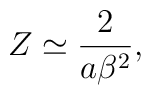
Z\simeq\frac{2}{a\beta^{2}},